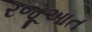
રજૂઆત